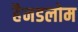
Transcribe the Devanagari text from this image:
हैनडलोम